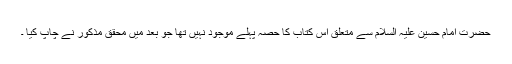
حضرت امام حسین علیہ السلام سے متعلق اس کتاب کا حصہ پہلے موجود نہیں تھا جو بعد میں محقق مذکور نے چاپ کیا ۔